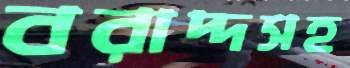
বরাদ্দসহ